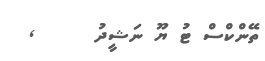
ތޭންކްސް ޓު ޔޫ ނަޝީދު